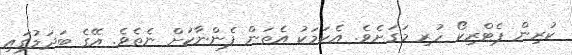
ކުރިން ޕެޓްރިކޯ ހުރި މަގަށެވެ. އެކަމަކު އެތަން ފެންނާކަށް ނެތެވެ. އޭގެ ބަދަލުގައި